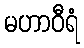
မဟာဝီရံ